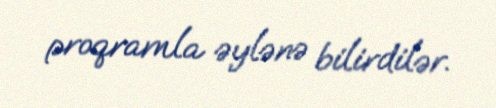
proqramla əylənə bilirdilər.